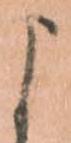
よ